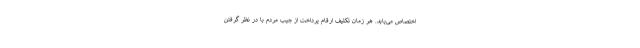
اختصاص می‌یابد. هر زمان تکلیف ارقام پرداخت از جیب مردم با در نظر گرفتن